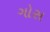
ગોસ